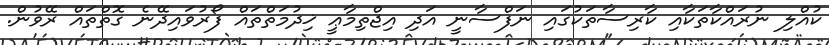
ކުއްލި ނުރައްކާތަކާއި ކާރިސާތަކުގައި ނަފްސާނީ އަދި އިޖްތިމާޢީ ޚިދުމަތްތައް ފޯރުވައިދޭނެ ގޮތްތައް ރޭވުން.